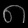
Digit: ၈